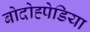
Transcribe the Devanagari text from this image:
बोदोह्पेडिया